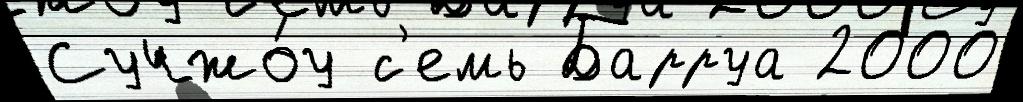
Сучжо́у с'емь Барруа 2000